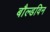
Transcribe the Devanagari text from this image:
बौल्डविन